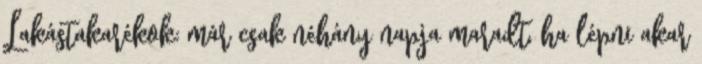
Lakástakarékok: már csak néhány napja maradt, ha lépni akar